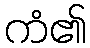
ကံ၏